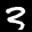
Label: 3